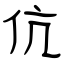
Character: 伉